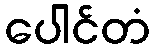
ပေါင်တံ